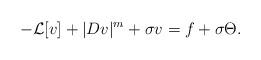
LaTeX: \begin{align*} -\mathcal{L}[v]+|Dv|^m+\sigma v=f+ \sigma \Theta.\end{align*}